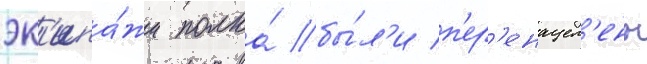
эк'ипа́жи полка́ бы́л'и п'ер'енацел'ены